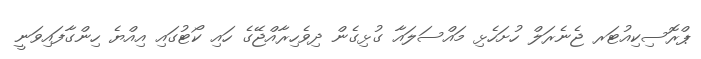
ޕްރޮސިކިއުޓަރ ޖެނެރަލް ހުށަހެޅި މައްސަލައާ ގުޅިގެން ދިވެހިރާއްޖޭގެ ހައި ކޯޓުގައި އިއްޔެ ހިންގާފައިވަނީ